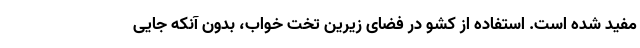
مفید شده است. استفاده از کشو در فضای زیرین تخت خواب، بدون آنکه جایی